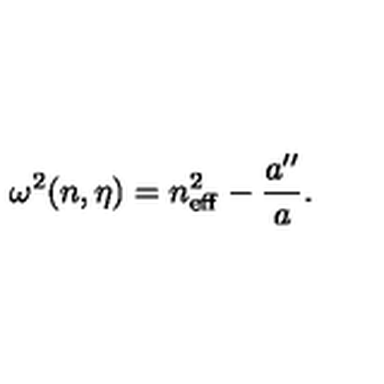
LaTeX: \omega ^ { 2 } ( n , \eta ) = n _ { \mathrm { e f f } } ^ { 2 } - \frac { a ^ { \prime \prime } } { a } .